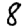
Digit: 8